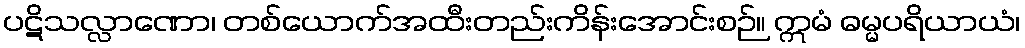
ပဋိသလ္လာဏော၊ တစ်ယောက်အထီးတည်းကိန်းအောင်းစဉ်။ ဣမံ ဓမ္မပရိယာယံ၊